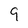
Character: 9